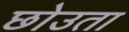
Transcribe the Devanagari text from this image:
छोउता